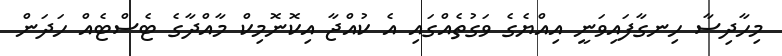
މިހާދިސާ ހިނގާފައިވަނީ އިއްޔެގެ ވަގުތެއްގައި އެ ކުއްޖާ އިކޮނޮމިކް މާއްދާގެ ޓެސްޓެއް ހަދަން